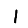
Digit: 1